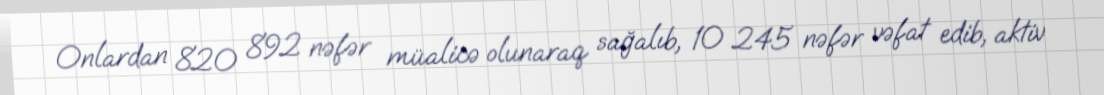
Onlardan 820 892 nəfər müalicə olunaraq sağalıb, 10 245 nəfər vəfat edib, aktiv